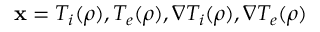
\mathbf { x } = T _ { i } ( \rho ) , T _ { e } ( \rho ) , \nabla T _ { i } ( \rho ) , \nabla T _ { e } ( \rho )